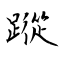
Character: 蹤